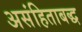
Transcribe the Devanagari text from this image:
असंहिताबद्ध